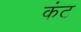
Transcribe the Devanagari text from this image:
कंट